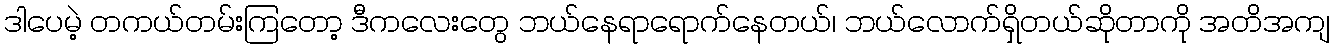
ဒါပေမဲ့ တကယ်တမ်းကြတော့ ဒီကလေးတွေ ဘယ်နေရာရောက်နေတယ်၊ ဘယ်လောက်ရှိတယ်ဆိုတာကို အတိအကျ